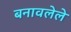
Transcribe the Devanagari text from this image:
बनावलेले